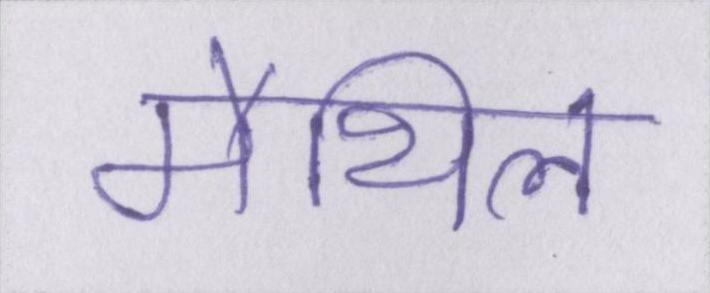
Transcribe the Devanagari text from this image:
मैथिल